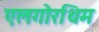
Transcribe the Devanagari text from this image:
एलगोरथिम